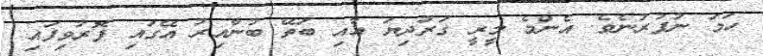
ހަމަ ނުފުރުނެވެ. އެންމެ މީރީ ގަރުދިޔަ އާއި ބަތޭ ބުނާއިރު އޭގައި ފޮރުވިފައި